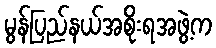
မွန်ပြည်နယ်အစိုးရအဖွဲ့က